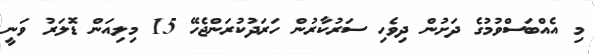
މި އެއްބަސްވުމުގެ ދަށުން ދިވެހި ސަރުކާރުން ހަރަދުކުރަންޖެހޭ 15 މިލިއަން ޑޮލަރު ވަނީ